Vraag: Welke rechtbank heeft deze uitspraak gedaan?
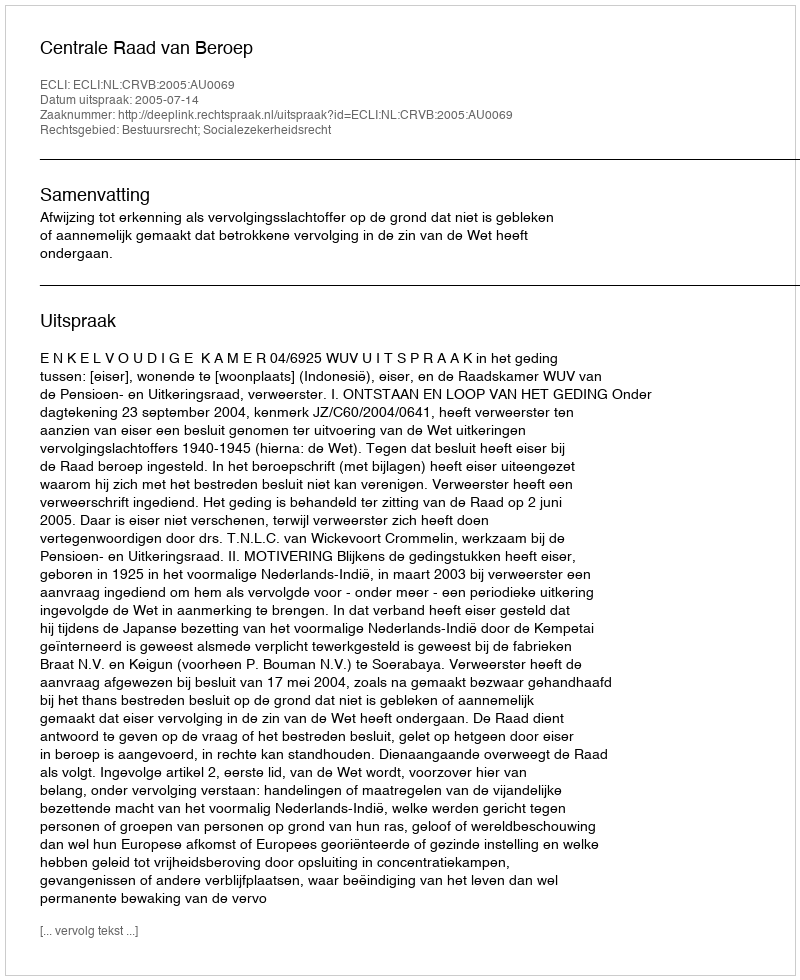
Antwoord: Centrale Raad van Beroep